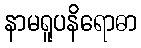
နာမရူပနိရောဓာ